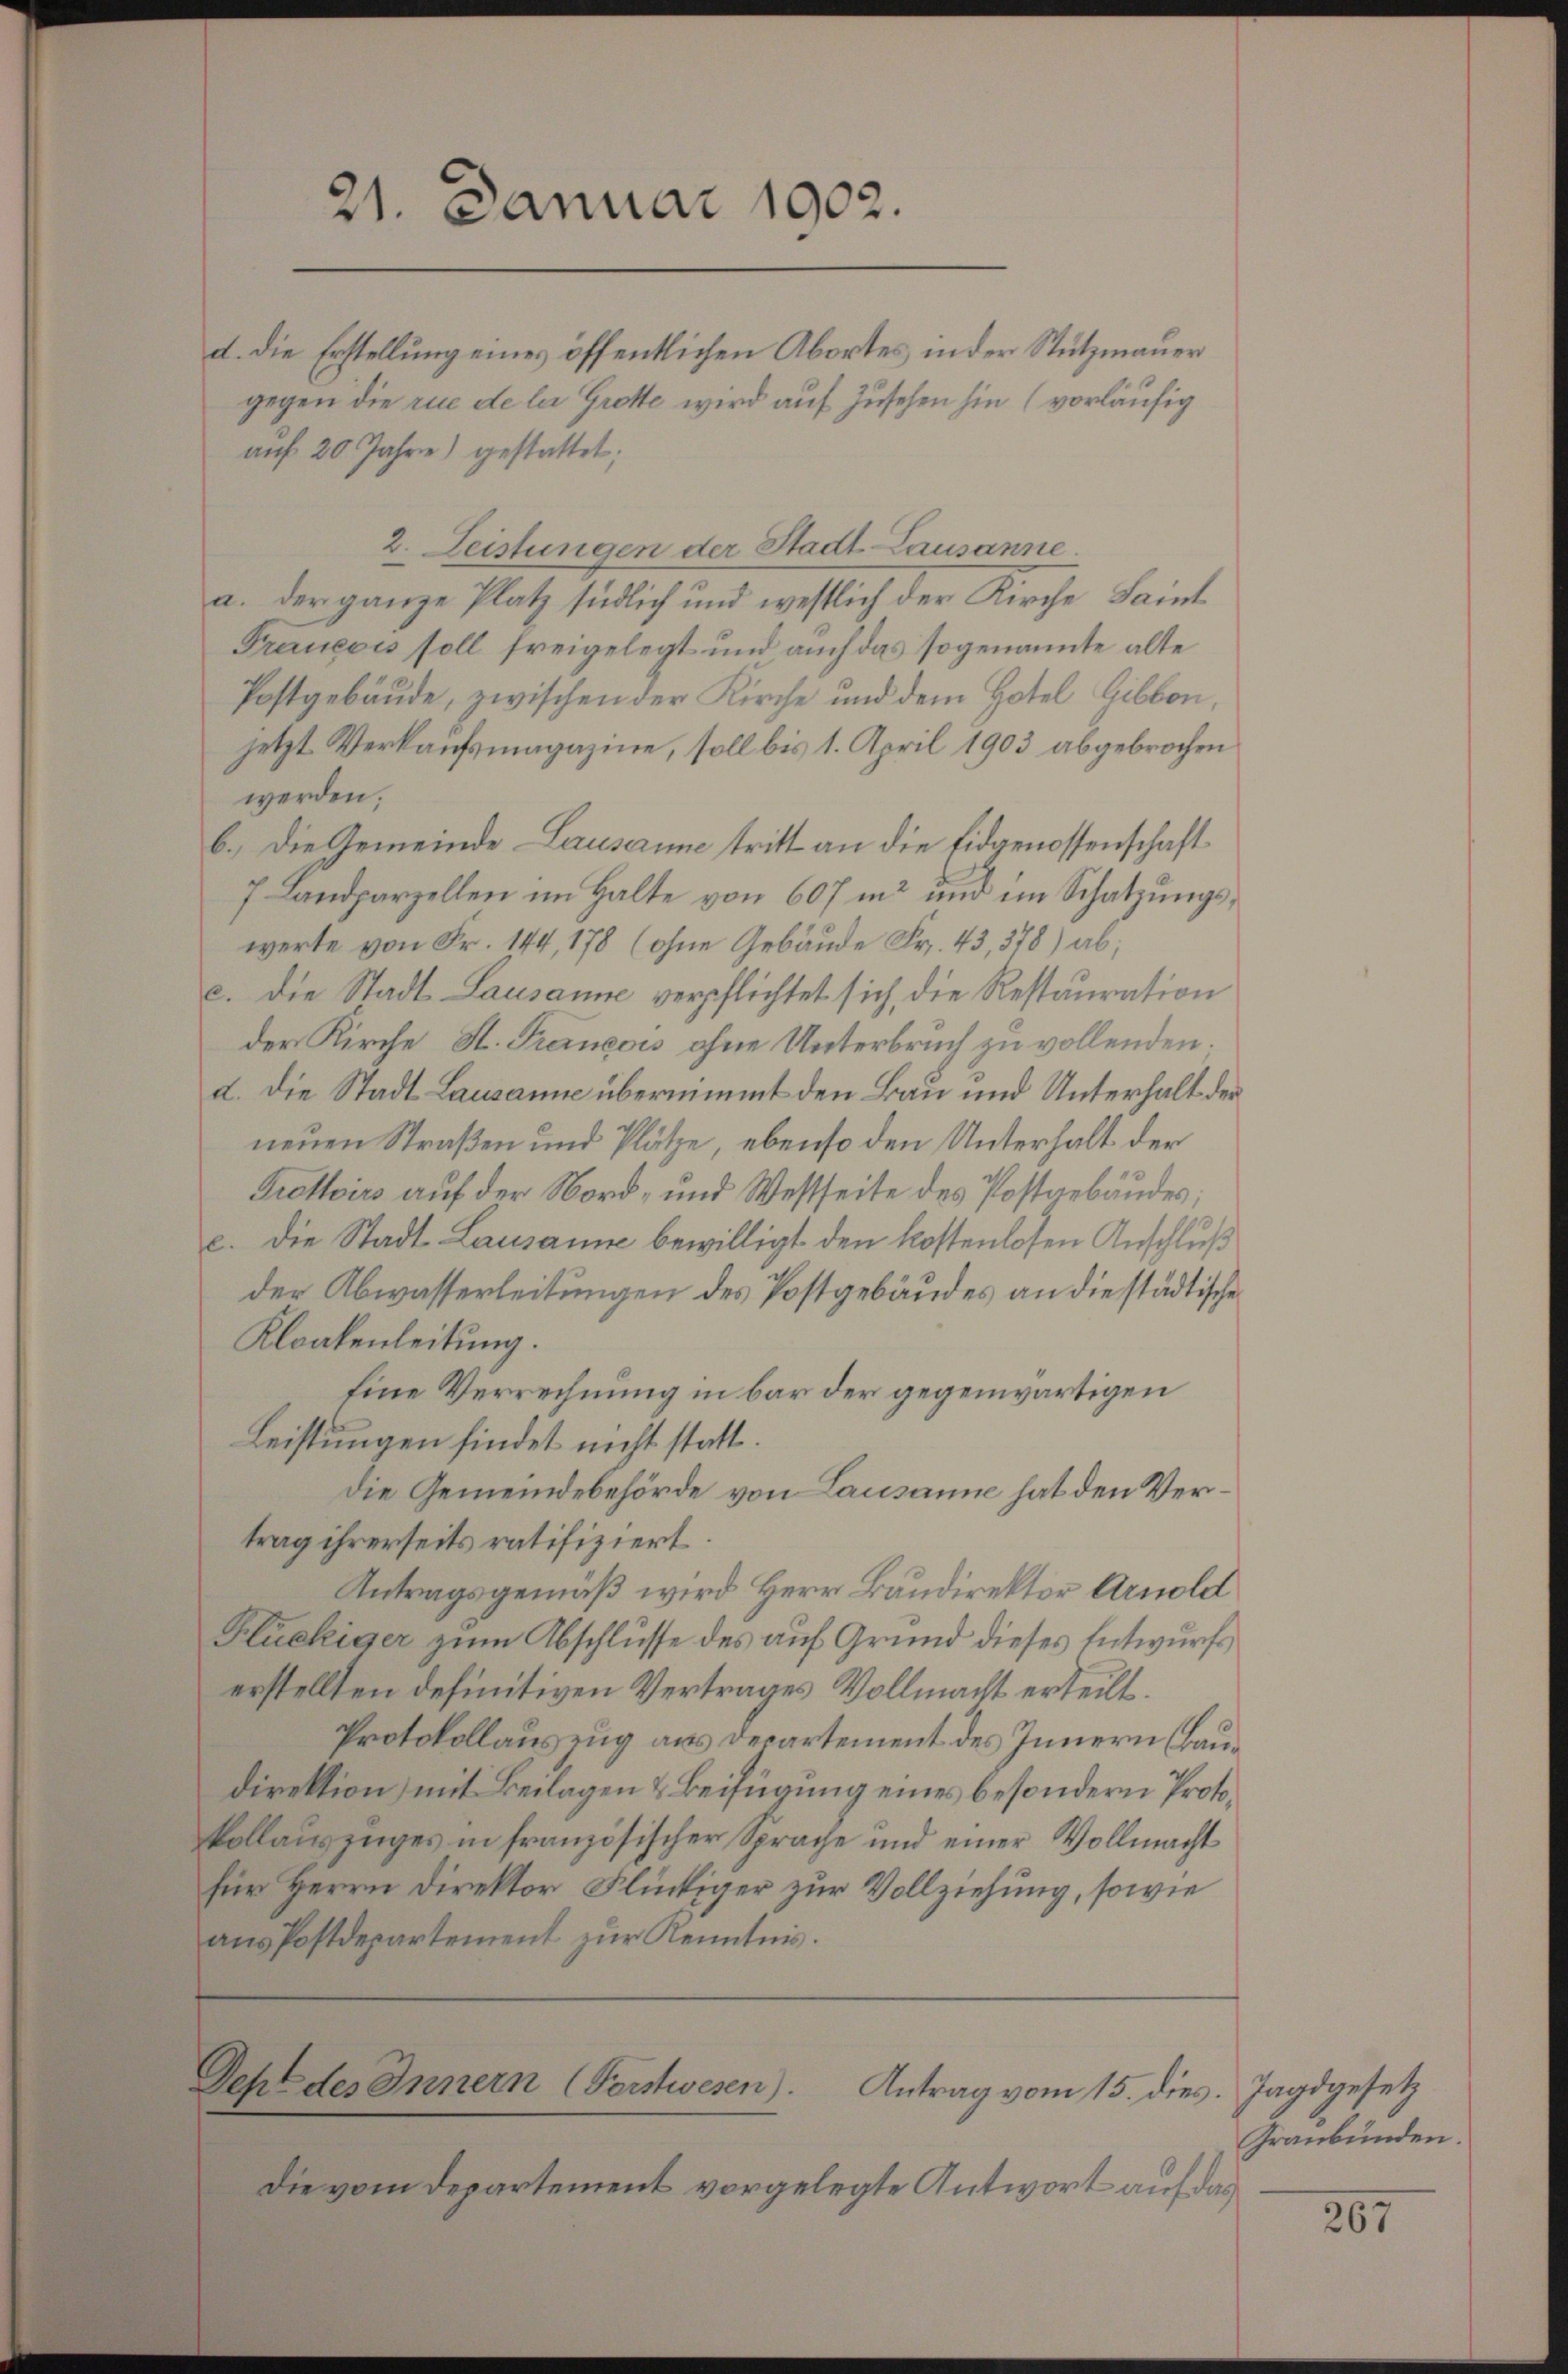
2. Leistungen der Stadt Lausanne.
a. der ganze Platz südlich und westlich der Kirche Saint
Francois soll freigelegt und auch das sogenannte alte
Postgebäude, zwischen der Kirche und dem Hotel Cibbon,
jetzt Verkaufsmagazine, soll bis 1. April 1903 abgebrochen
werden;
b.) Die Gemeinde Lausanne tritt an die Eidgenossenschaft
7. Landparzellen im Halte von 607 in und im Schatzungswerte von Fr. 144, 178 (ohne Gebäude Fr. 43, 378) ab;
c. Die Stadt Lausanne verpflichtet sich, die Restauration
der Kirche St. Francois ohne Unterbruch zu vollenden.
d. Die Stadt Lausanne übernimmt den Bau und Unterhalt der
neuen Straßen und Plätze, ebenso den Unterhalt der
Trottoirs auf der Nord- und Westseite des Postarbäudes;
c. die Stadt Lausanne bewilligt den kostenlosen Anschluß
der Abwasserleitungen des Postgebäudes an die städtische
Kloakenleitung.
Eine Verrechnung in bar der gegenwärtigen
Leistungen findet nicht statt.
die Gemeindebehörde von Lausanne hat den Vertrag ihrerseits ratifiziert.
Antragsgemäß wird Herr Bandirektor Arnold
Flückiger zum Abschlusse des auf Grund dieses Entwurfs
erstellten definitiven Vertrages Vollmacht erteilt.
Protokollauszug aus Departement des Innern (Baudirektion) mit Beilagen & Beifügung eines besondern Protokollauszuges in französischer Sprache und einer Vollmacht
für Herrn Direktor Flückiger zur Vollziehung, sowie
aŭs Postdepartement zur Kenntnis.

21. Januar 1902.
d. die Erstellung eines öffentlichen Abortes in der Stützmauer
gegen die rue de la Grotte wird auf Zusehen hin (vorläufig
aŭf 20 Jahre) gestattet;

Dehe des Innern (Forstwesen). Antrag vom 15. dies. Jagdgesetz

Die vom Departement vorgelegte Antwort auf das

Graubünden.

267